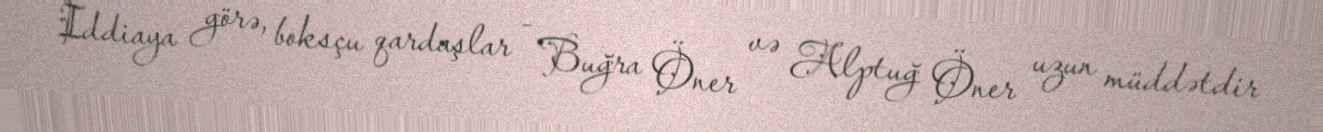
İddiaya görə, boksçu qardaşlar - Buğra Öner və Alptuğ Öner uzun müddətdir